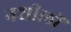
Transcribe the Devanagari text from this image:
नशीलों